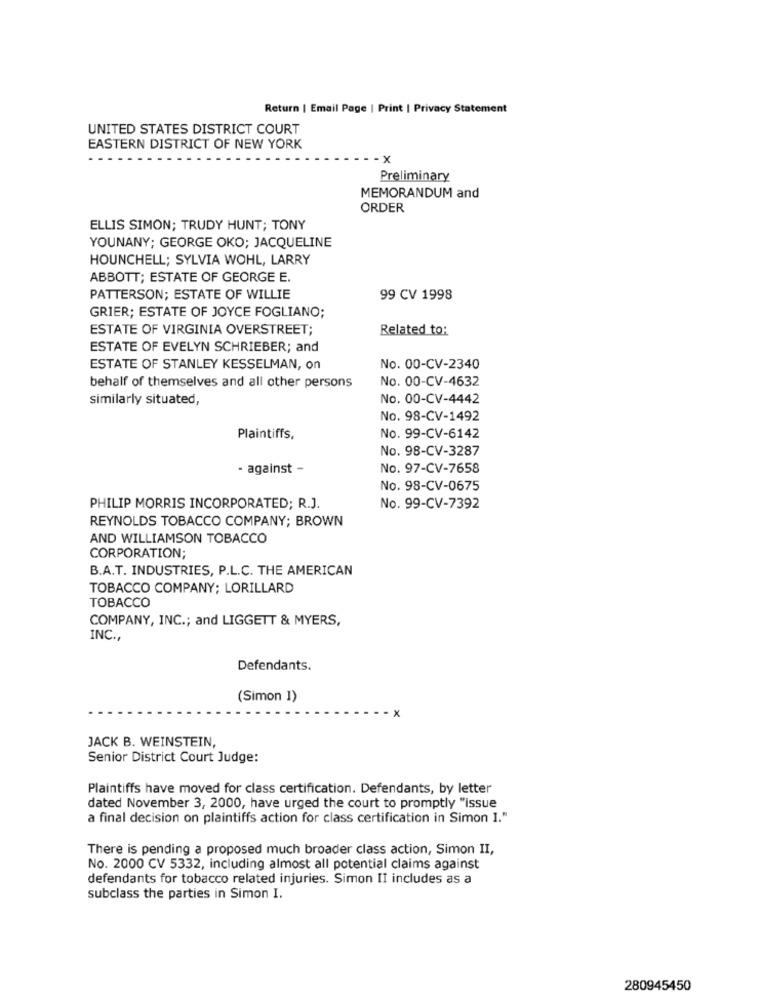
Return | Email Page | Print | Privacy Statement
UNITED STATES DISTRICT COURT
EASTERN DISTRICT OF NEW YORK
Preliminary
MEMORANDUM and
ORDER
ELLIS SIMON; TRUDY HUNT; TONY
YOUNANY; GEORGE OKO; JACQUELINE
HOUNCHELL; SYLVIA WOHL, LARRY
ABBOTT; ESTATE OF GEORGE E.
PATTERSON; ESTATE OF WILLIE
99 CV 1998
GRIER; ESTATE OF JOYCE FOGLIANO;
ESTATE OF VIRGINIA OVERSTREET;
Related to:
ESTATE OF EVELYN SCHRIEBER; and
ESTATE OF STANLEY KESSELMAN, on
No. 00-CV-2340
No. 00-CV-4632
behalf of themselves and all other persons
similarly situated,
No. 00-CV-4442
No. 98-CV-1492
Plaintiffs,
No. 99-CV-6142
No. 98-CV-3287
- against -
No. 97-CV-7658
No. 98-CV-0675
PHILIP MORRIS INCORPORATED; R.J.
No. 99-CV-7392
REYNOLDS TOBACCO COMPANY; BROWN
AND WILLIAMSON TOBACCO
CORPORATION;
B.A.T. INDUSTRIES, P.L.C. THE AMERICAN
TOBACCO COMPANY; LORILLARD
TOBACCO
COMPANY, INC .; and LIGGETT & MYERS,
INC .,
Defendants.
(Simon 1)
JACK B. WEINSTEIN,
Senior District Court Judge:
Plaintiffs have moved for class certification. Defendants, by letter
dated November 3, 2000, have urged the court to promptly "issue
a final decision on plaintiffs action for class certification in Simon I."
There is pending a proposed much broader class action, Simon II,
No. 2000 CV 5332, including almost all potential claims against
defendants for tobacco related injuries. Simon II includes as a
subclass the parties in Simon I.
280945450